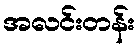
အလင်းတန်း